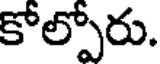
కోల్పోరు.